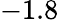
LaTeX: -1.8